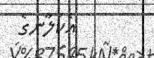
އެކަލާނގެ